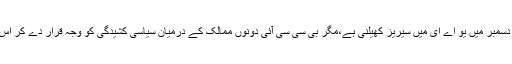
تفصیلات کے مطابق پاک بھارت کرکٹ بورڈز کے درمیان طے پانے والے ایک معاہدے کے تحت دونوں کو دسمبر میں یو اے ای میں سیریز کھیلنی ہے،مگر بی سی سی آئی دونوں ممالک کے درمیان سیاسی کشیدگی کو وجہ قرار دے کر اس سے جان چھڑانے کی کوششوں میں مصروف ہے،پاکستان کرکٹ بورڈ کو اس کے آفیشل جواب کا انتظار ہے۔